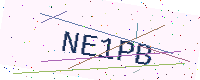
Text: NE1PB